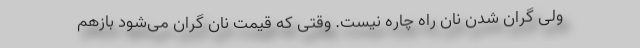
ولی گران شدن نان راه چاره نیست. وقتی که قیمت نان گران می‌شود بازهم